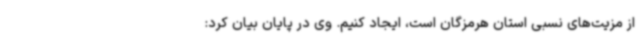
از مزیت‌های نسبی استان هرمزگان است، ایجاد کنیم. وی در پایان بیان کرد: